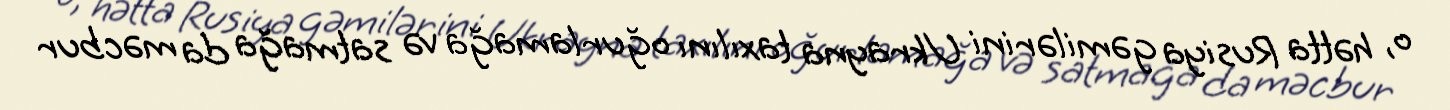
o, hətta Rusiya gəmilərini Ukrayna taxılını oğurlamağa və satmağa da məcbur